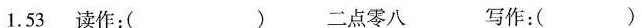
1.53读作：( ) 二点零八 写作：( )